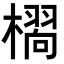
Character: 𭬆